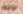
نواجهه